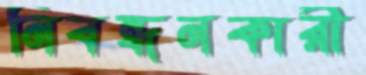
নিবন্ধনকারী